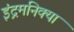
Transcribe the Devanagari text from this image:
इंद्रमनिक्या